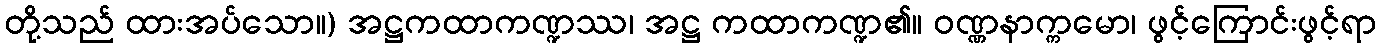
တို့သည် ထားအပ်သော။) အဋ္ဌကထာကဏ္ဍဿ၊ အဋ္ဌ ကထာကဏ္ဍ၏။ ဝဏ္ဏနာက္ကမော၊ ဖွင့်ကြောင်းဖွင့်ရာ